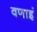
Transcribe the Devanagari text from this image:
वणाइं